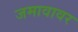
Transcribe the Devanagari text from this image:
जमावावर